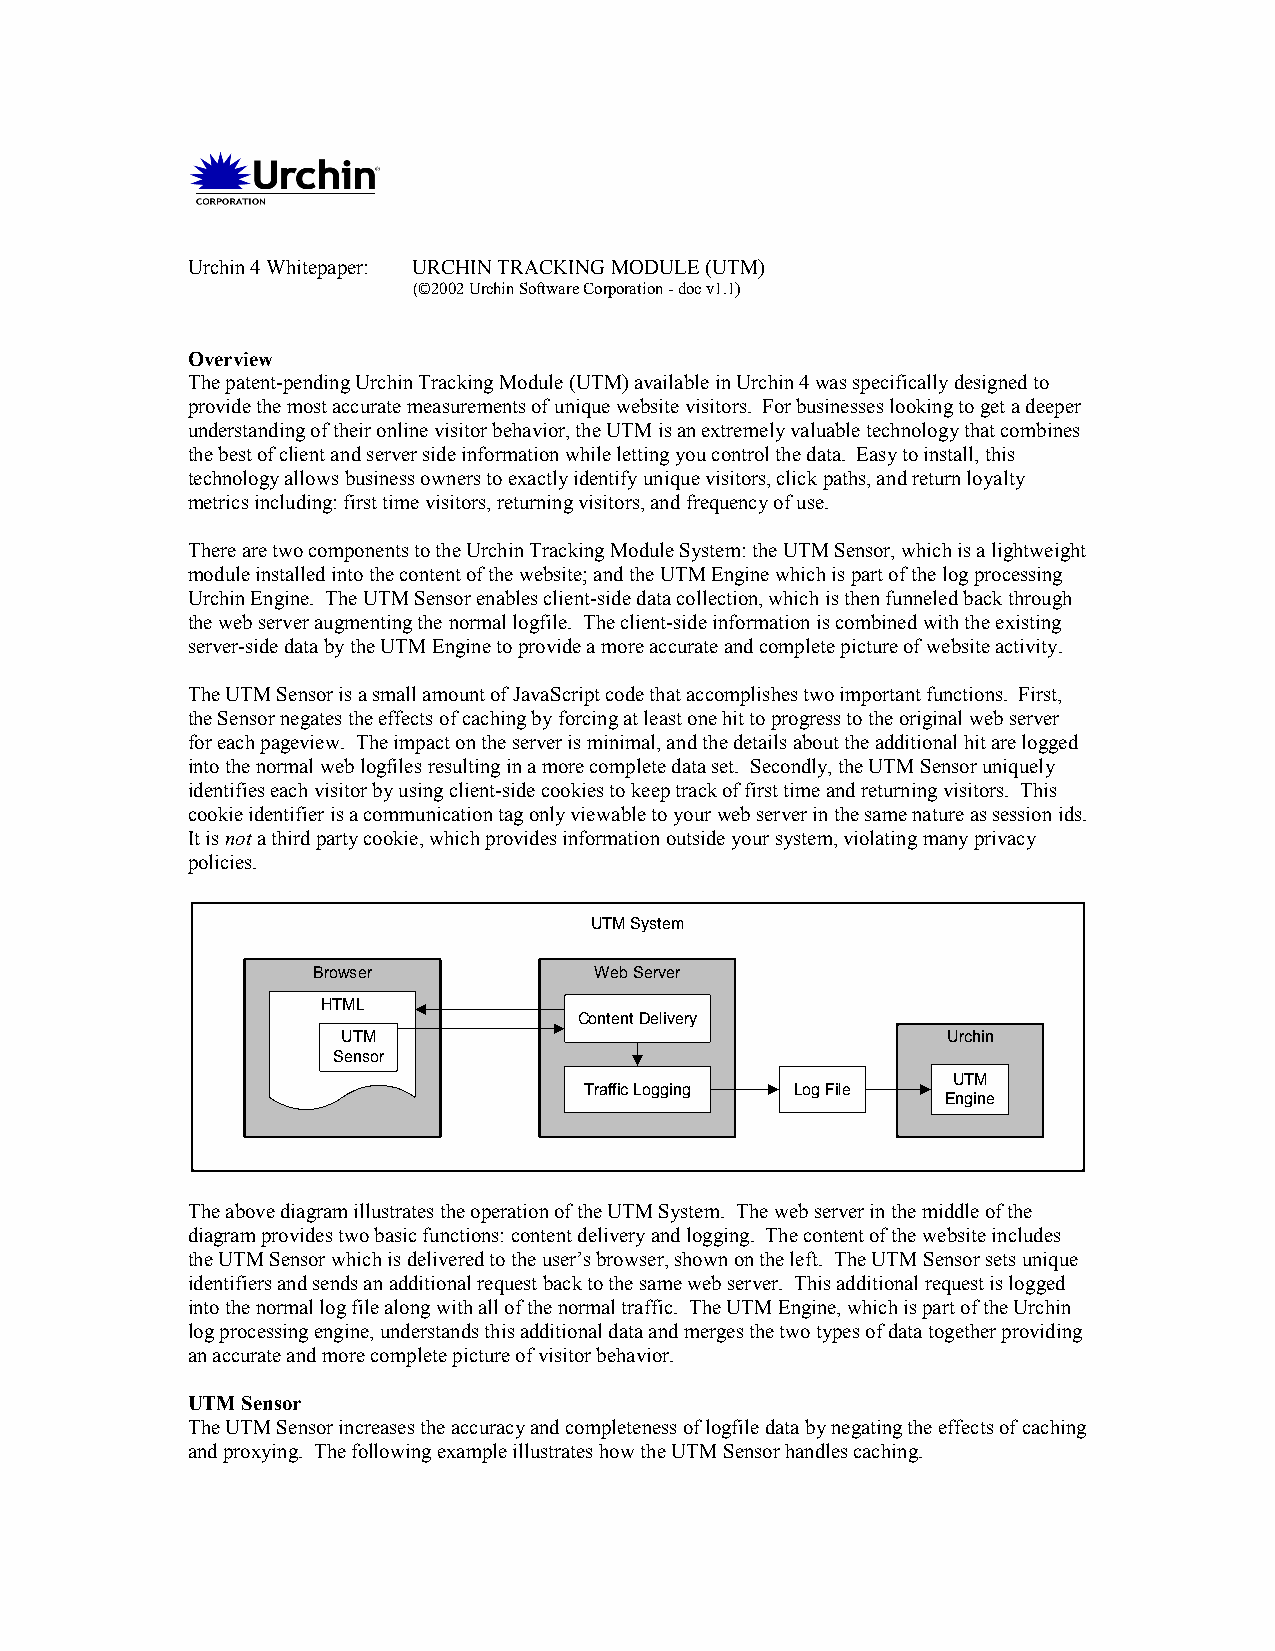
Urchin 4 Whitepaper: URCHIN TRACKING MODULE (UTM)
 (©2002 Urchin Software Corporation - doc v1.1)
 Overview
 The patent-pending Urchin Tracking Module (UTM) available in Urchin 4 was specifically designed to
 provide the most accurate measurements of unique website visitors. For businesses looking to get a deeper
 understanding of their online visitor behavior, the UTM is an extremely valuable technology that combines
 the best of client and server side information while letting you control the data. Easy to install, this
 technology allows business owners to exactly identify unique visitors, click paths, and return loyalty
 metrics including: first time visitors, returning visitors, and frequency of use.
 There are two components to the Urchin Tracking Module System: the UTM Sensor, which is a lightweight
 module installed into the content of the website; and the UTM Engine which is part of the log processing
 Urchin Engine. The UTM Sensor enables client-side data collection, which is then funneled back through
 the web server augmenting the normal logfile. The client-side information is combined with the existing
 server-side data by the UTM Engine to provide a more accurate and complete picture of website activity.
 The UTM Sensor is a small amount of JavaScript code that accomplishes two important functions. First,
 the Sensor negates the effects of caching by forcing at least one hit to progress to the original web server
 for each pageview. The impact on the server is minimal, and the details about the additional hit are logged
 into the normal web logfiles resulting in a more complete data set. Secondly, the UTM Sensor uniquely
 identifies each visitor by using client-side cookies to keep track of first time and returning visitors. This
 cookie identifier is a communication tag only viewable to your web server in the same nature as session ids.
 It is not a third party cookie, which provides information outside your system, violating many privacy
 policies.
 UTM System
 Browser           Web Server
 HTML
 Content Delivery
 UTM                                     Urchin
 Sensor
 UTM
 Traffic Logging Log File
 Engine
 The above diagram illustrates the operation of the UTM System. The web server in the middle of the
 diagram provides two basic functions: content delivery and logging. The content of the website includes
 the UTM Sensor which is delivered to the user’s browser, shown on the left. The UTM Sensor sets unique
 identifiers and sends an additional request back to the same web server. This additional request is logged
 into the normal log file along with all of the normal traffic. The UTM Engine, which is part of the Urchin
 log processing engine, understands this additional data and merges the two types of data together providing
 an accurate and more complete picture of visitor behavior.
 UTM Sensor
 The UTM Sensor increases the accuracy and completeness of logfile data by negating the effects of caching
 and proxying. The following example illustrates how the UTM Sensor handles caching.